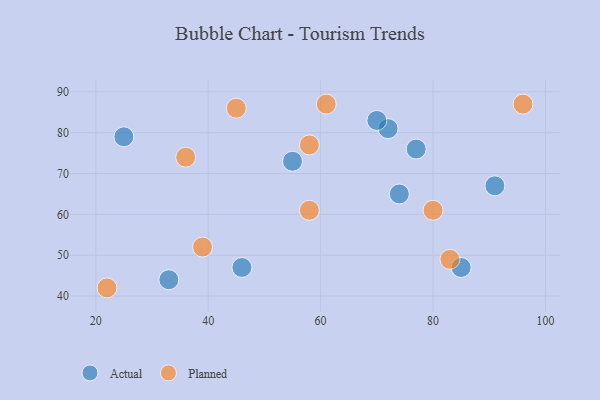
{"axis": {"x": "GDP", "y": "Life Expectancy"}, "legend": ["Actual", "Planned"], "data": [{"x": "46", "y": 47, "type": "Actual"}, {"x": "55", "y": 73, "type": "Actual"}, {"x": "72", "y": 81, "type": "Actual"}, {"x": "77", "y": 76, "type": "Actual"}, {"x": "33", "y": 44, "type": "Actual"}, {"x": "70", "y": 83, "type": "Actual"}, {"x": "85", "y": 47, "type": "Actual"}, {"x": "25", "y": 79, "type": "Actual"}, {"x": "74", "y": 65, "type": "Actual"}, {"x": "91", "y": 67, "type": "Actual"}, {"x": "36", "y": 74, "type": "Planned"}, {"x": "58", "y": 61, "type": "Planned"}, {"x": "61", "y": 87, "type": "Planned"}, {"x": "45", "y": 86, "type": "Planned"}, {"x": "80", "y": 61, "type": "Planned"}, {"x": "83", "y": 49, "type": "Planned"}, {"x": "96", "y": 87, "type": "Planned"}, {"x": "22", "y": 42, "type": "Planned"}, {"x": "58", "y": 77, "type": "Planned"}, {"x": "39", "y": 52, "type": "Planned"}]}